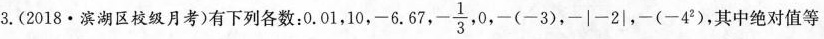
3.(2018·滨湖区校级月考)有下列各数。0 . 01 ,10,- 6 .67,-\frac { 1 } { 3 },0,- ( - 3 ),\left | - 2 \right | （ - 4 ^ { 2 })，其中绝对值等